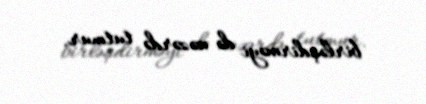
birləşdirməyi də nəzərdə tutmur.